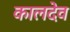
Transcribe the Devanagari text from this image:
कालदेव